Report on lock hospitals in British Burma
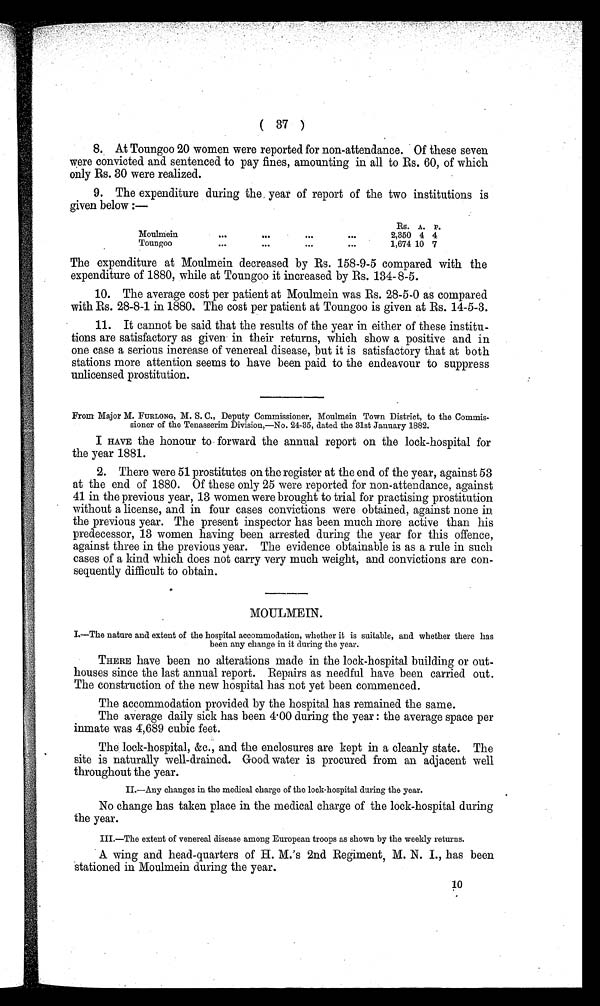
( 37 )
8. At Toungoo 20 women were reported for non-attendance. Of these seven
were convicted and sentenced to pay fines, amounting in all to Rs. 60, of which
only Rs. 30 were realized.
9. The expenditure during the year of report of the two institutions is
given below :—
Rs. A. P.
Moulmein
II
.
. . .
. . .
2,350 4 4
Toungoo
...
...
...
. . .
1,674 10 7
The expenditure at Moulmein decreased by Rs. 158-9-5 compared with the
expenditure of 1880, while at Toungoo it increased by Rs. 134-8-5.
10. The average cost per patient at Moulmein was Rs. 28-5-0 as compared
with Rs. 28-8-1 in 1880. The cost per patient at Toungoo is given at Rs. 14-5-3.
11. It cannot be said that the results of the year in either of these institu-
tions are satisfactory as given in their returns, which show a positive and in
one case a serious increase of venereal disease, but it is satisfactory that at both
stations more attention seems to have been paid to the endeavour to suppress
unlicensed prostitution.
From Major M. FURLONG, M. S. C., Deputy Commissioner, Moulmein Town District, to the Commis-
sioner of the Tenasserim Division,—No. 24-35, dated the 31st January 1882.
I HAVE the honour to forward the annual report on the lock-hospital for
the year 1881.
2. There were 51 prostitutes on the register at the end of the year, against 53
at the end of 1880. Of these only 25 were reported for non-attendance, against
41 in the previous year, 13 women were brought to trial for practising prostitution
without a license, and in four cases convictions were obtained, against none in
the previous year. The present inspector has been much More active than his
predecessor, 13 women having been arrested during the year for this offence,
against three in the previous year. The evidence obtainable is as a rule in such
cases of a kind which does not carry very much weight, and convictions are con-
sequently difficult to obtain.
MOULMEIN.
I.—The nature and extent of the hospital accommodation, whether it is suitable, and whether there has
been any change in it during the year.
THERE have been no alterations made in the lock-hospital building or out-
houses since the last annual report. Repairs as needful have been carried out.
The construction of the new hospital has not yet been commenced.
The accommodation provided by the hospital has remained the same.
The average daily sick has been 4.00 during the year : the average space per
inmate was 4,689 cubic feet.
The lock-hospital, &c., and the enclosures are kept in a cleanly state. The
site is naturally well-drained. Good water is procured from an adjacent well
throughout the year.
II.—Any changes in the medical charge of the lock-hospital during the year.
No change has taken place in the medical charge of the lock-hospital during
the year.
III.—The extent of venereal disease among European troops as shown by the weekly returns.
A wing and head-quarters of H. M.'s 2nd Regiment, M. N. I., has been
stationed in Moulmein during the year.
10